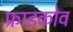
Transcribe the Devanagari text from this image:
फ्राडकोव